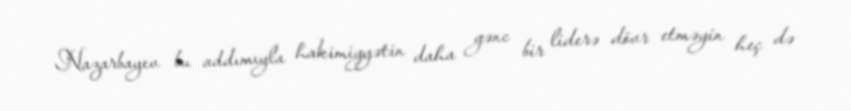
Nazarbayev bu addımıyla hakimiyyətin daha gənc bir liderə dövr etməyin heç də